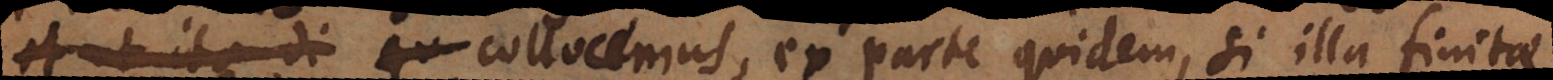
et perfectionem collocemus, ex parte quidem, si illa finitae